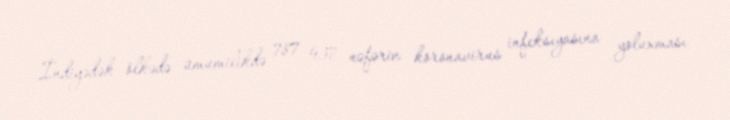
İndiyədək ölkədə ümumilikdə 787 937 nəfərin koronavirus infeksiyasına yoluxması